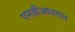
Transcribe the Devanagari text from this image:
एमडीआयएल